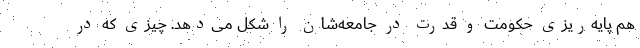
هم پایه‌ریزی حکومت و قدرت در جامعه‌شان را شکل می‌دهد. چیزی که در